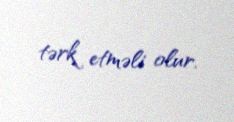
tərk etməli olur.